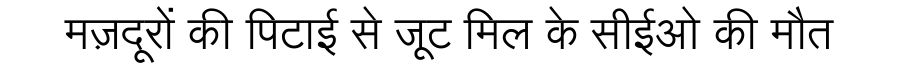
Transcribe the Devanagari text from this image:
मज़दूरों की पिटाई से जूट मिल के सीईओ की मौत